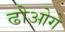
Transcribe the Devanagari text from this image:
ढोओगे